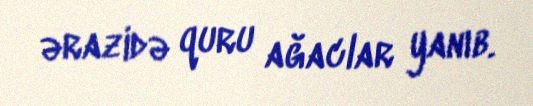
ərazidə quru ağaclar yanıb.